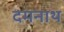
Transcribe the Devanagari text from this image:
दमनाथ